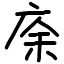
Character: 庩